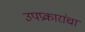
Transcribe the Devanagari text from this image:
उपप्रकारांचा